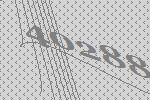
40288